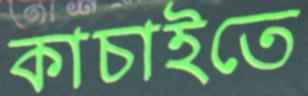
কাচাইতে